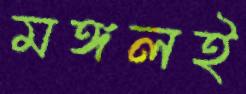
মঙ্গলই